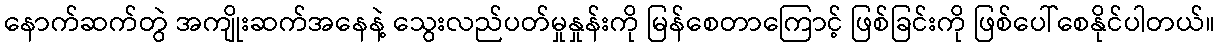
နောက်ဆက်တွဲ အကျိုးဆက်အနေနဲ့ သွေးလည်ပတ်မှုနှုန်းကို မြန်စေတာကြောင့် ဖြစ်ခြင်းကို ဖြစ်ပေါ်စေနိုင်ပါတယ်။